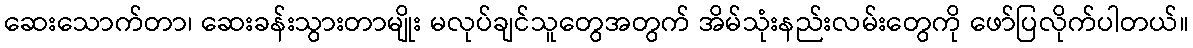
ဆေးသောက်တာ၊ ဆေးခန်းသွားတာမျိုး မလုပ်ချင်သူတွေအတွက် အိမ်သုံးနည်းလမ်းတွေကို ဖော်ပြလိုက်ပါတယ်။